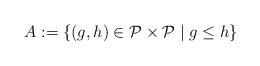
LaTeX: \begin{align*}A:=\{(g,h)\in\mathcal P\times\mathcal P\mid g\leq h\}\end{align*}